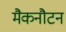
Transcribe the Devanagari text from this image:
मैकनौटन